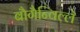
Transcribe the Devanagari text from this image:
बौगैन्विल्ले